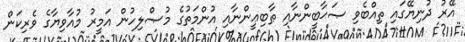
އޭރު ދުނިޔޭގައި ތިއްބެވި ޞަޙާބީންނާއި ޠާބިޢީންނާއި އުންމަތުގެ މުޞްލިހުން އަމީރު މުއާވިޔާގެ ވެރިކަން